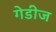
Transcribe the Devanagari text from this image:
गेडीज